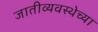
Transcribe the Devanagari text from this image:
जातीव्यवस्थेच्या